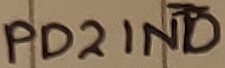
Text: PD2INT0